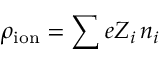
\rho _ { \mathrm { i o n } } = \sum e Z _ { i } \, n _ { i }